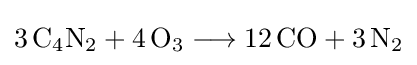
{3\,\mathrm {C} {\vphantom {A}}_{\smash[{t}]{4}}\mathrm {N} {\vphantom {A}}_{\smash[{t}]{2}}{}+{}4\,\mathrm {O} {\vphantom {A}}_{\smash[{t}]{3}}{}\mathrel {\longrightarrow } {}12\,\mathrm {CO} {}+{}3\,\mathrm {N} {\vphantom {A}}_{\smash[{t}]{2}}}